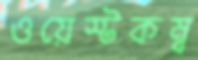
ওয়েস্টকম্ব